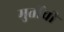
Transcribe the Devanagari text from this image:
मुर्तींची